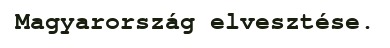
Magyarország elvesztése.